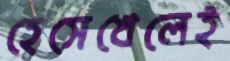
হেসেখেলেই